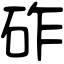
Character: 砟